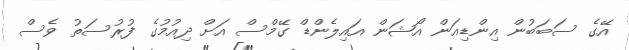
އޭގެ ސަބަބުން އިންޑިއަން އޯޝަން އައިލެންޑް ގޭމްސް އަށް ދިއުމުގެ ފުރުސަތު ވެސް